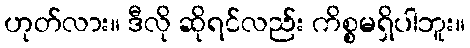
ဟုတ်လား။ ဒီလို ဆိုရင်လည်း ကိစ္စမရှိပါဘူး။